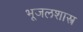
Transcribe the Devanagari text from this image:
भूजलशास्त्र